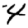
Digit: 4